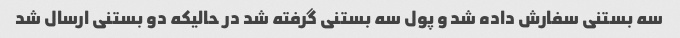
سه بستنی سفارش داده شد و پول سه بستنی گرفته شد در حالیکه دو بستنی ارسال شد